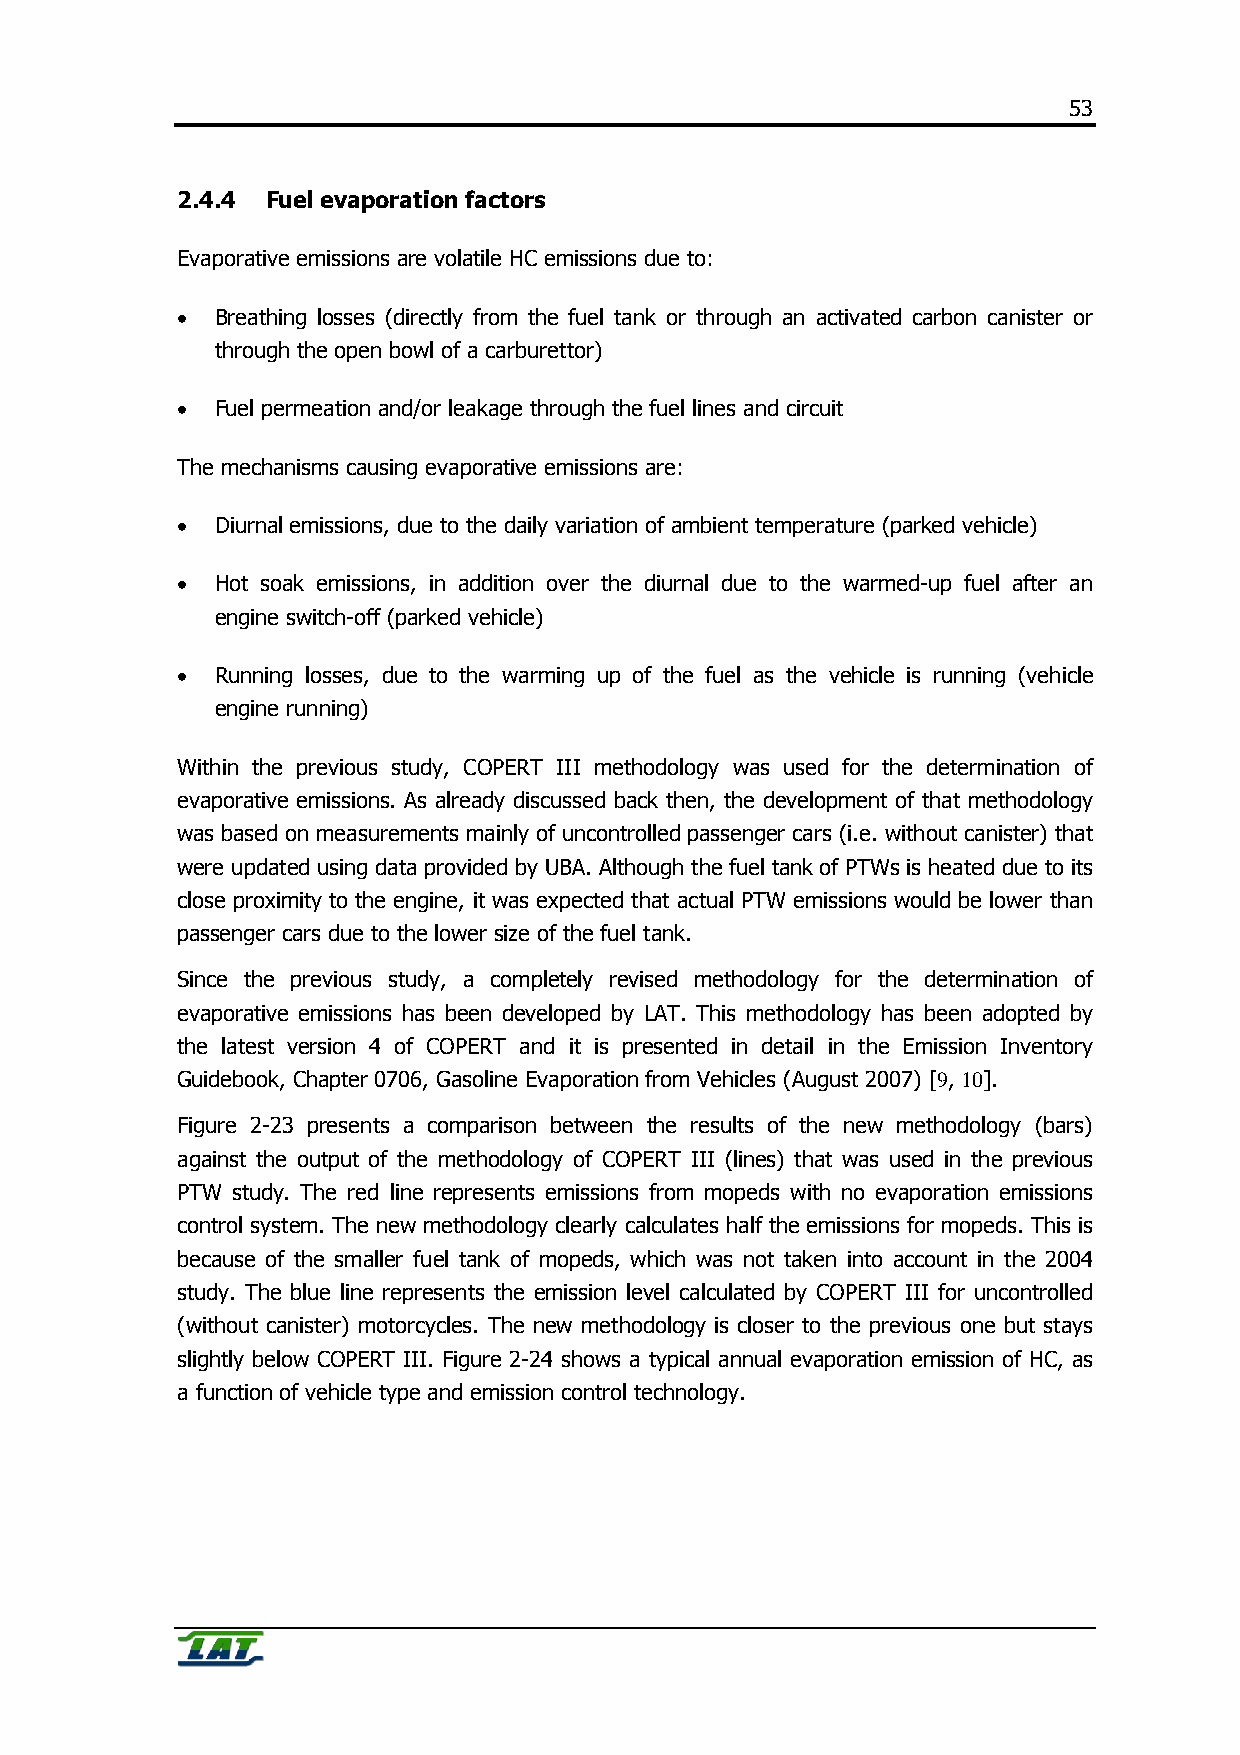
53
 2.4.4 Fuel evaporation factors
 Evaporative emissions are volatile HC emissions due to:
 • Breathing losses (directly from the fuel tank or through an activated carbon canister or
 through the open bowl of a carburettor)
 • Fuel permeation and/or leakage through the fuel lines and circuit
 The mechanisms causing evaporative emissions are:
 • Diurnal emissions, due to the daily variation of ambient temperature (parked vehicle)
 • Hot soak emissions, in addition over the diurnal due to the warmed-up fuel after an
 engine switch-off (parked vehicle)
 • Running losses, due to the warming up of the fuel as the vehicle is running (vehicle
 engine running)
 Within the previous study, COPERT III methodology was used for the determination of
 evaporative emissions. As already discussed back then, the development of that methodology
 was based on measurements mainly of uncontrolled passenger cars (i.e. without canister) that
 were updated using data provided by UBA. Although the fuel tank of PTWs is heated due to its
 close proximity to the engine, it was expected that actual PTW emissions would be lower than
 passenger cars due to the lower size of the fuel tank.
 Since the previous study, a completely revised methodology for the determination of
 evaporative emissions has been developed by LAT. This methodology has been adopted by
 the latest version 4 of COPERT and it is presented in detail in the Emission Inventory
 Guidebook, Chapter 0706, Gasoline Evaporation from Vehicles (August 2007) [9, 10].
 Figure 2-23 presents a comparison between the results of the new methodology (bars)
 against the output of the methodology of COPERT III (lines) that was used in the previous
 PTW study. The red line represents emissions from mopeds with no evaporation emissions
 control system. The new methodology clearly calculates half the emissions for mopeds. This is
 because of the smaller fuel tank of mopeds, which was not taken into account in the 2004
 study. The blue line represents the emission level calculated by COPERT III for uncontrolled
 (without canister) motorcycles. The new methodology is closer to the previous one but stays
 slightly below COPERT III. Figure 2-24 shows a typical annual evaporation emission of HC, as
 a function of vehicle type and emission control technology.